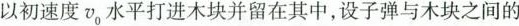
以初速度v_{0}水平打进木块并留在其中，设子弹与木块之间的